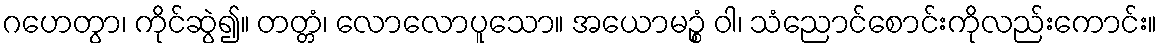
ဂဟေတွာ၊ ကိုင်ဆွဲ၍။ တတ္တံ၊ လောလောပူသော။ အယောမဉ္စံ ဝါ၊ သံညောင်စောင်းကိုလည်းကောင်း။